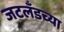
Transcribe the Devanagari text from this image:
जटलँडच्या